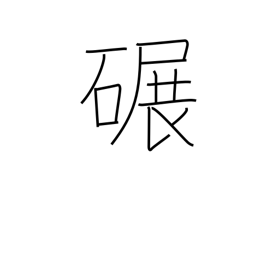
Meaning: grind